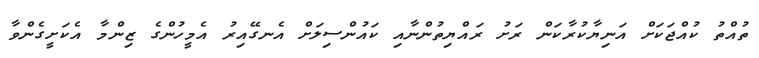
ތުއްތު ކުއްޖަކަށް އަނިޔާކުރާކަން ރަށު ރައްޔިތުންނާއި ކައުންސިލަށް އެނގޭއިރު އެމީހުންގެ ޒިންމާ އެކަށީގެންވާ